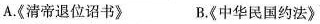
A.《清帝退位诏书》 B.《中华民国约法》